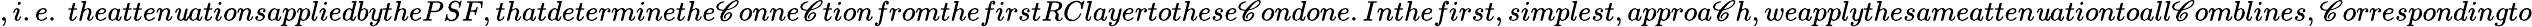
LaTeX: ,i.e.\ theatten\mathit{u}ationsappliedbythePSF,thatdeterminethe\mathscr{C}onne\mathscr{C}tionfromthefirstRClayertothese\mathscr{C}ondone.Inthefirst,simplest,approa\mathscr{C}h,weapplythesameatten\mathit{u}ationtoall\mathscr{C}omblines,\mathscr{C}orrespondingto